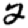
Digit: 2